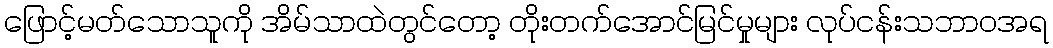
ဖြောင့်မတ်သောသူကို အိမ်သာထဲတွင်တော့ တိုးတက်အောင်မြင်မှုများ လုပ်ငန်းသဘာဝအရ